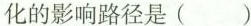
化的影响路径是( )